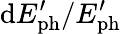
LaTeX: \mathrm{d}E_{\mathrm{{ph}}}^{\prime}/E_{\mathrm{{ph}}}^{\prime}